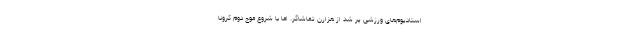
استادیوم‌های ورزشی پر شد از هزارن تماشاگر. اما با شروع موج دوم کرونا